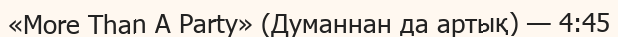
«More Than A Party» (Думаннан да артық) — 4:45